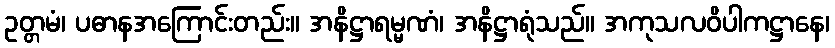
ဥတ္တမံ၊ ပဓာနအကြောင်းတည်း။ အနိဋ္ဌာရမ္မဏံ၊ အနိဋ္ဌာရုံသည်။ အကုသလဝိပါကဋ္ဌာနေ၊